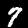
Label: 7